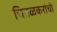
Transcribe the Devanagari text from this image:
चितळकरांची